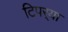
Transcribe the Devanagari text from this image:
टिपर्‍या